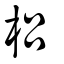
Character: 梠